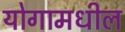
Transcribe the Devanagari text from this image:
योगामधील